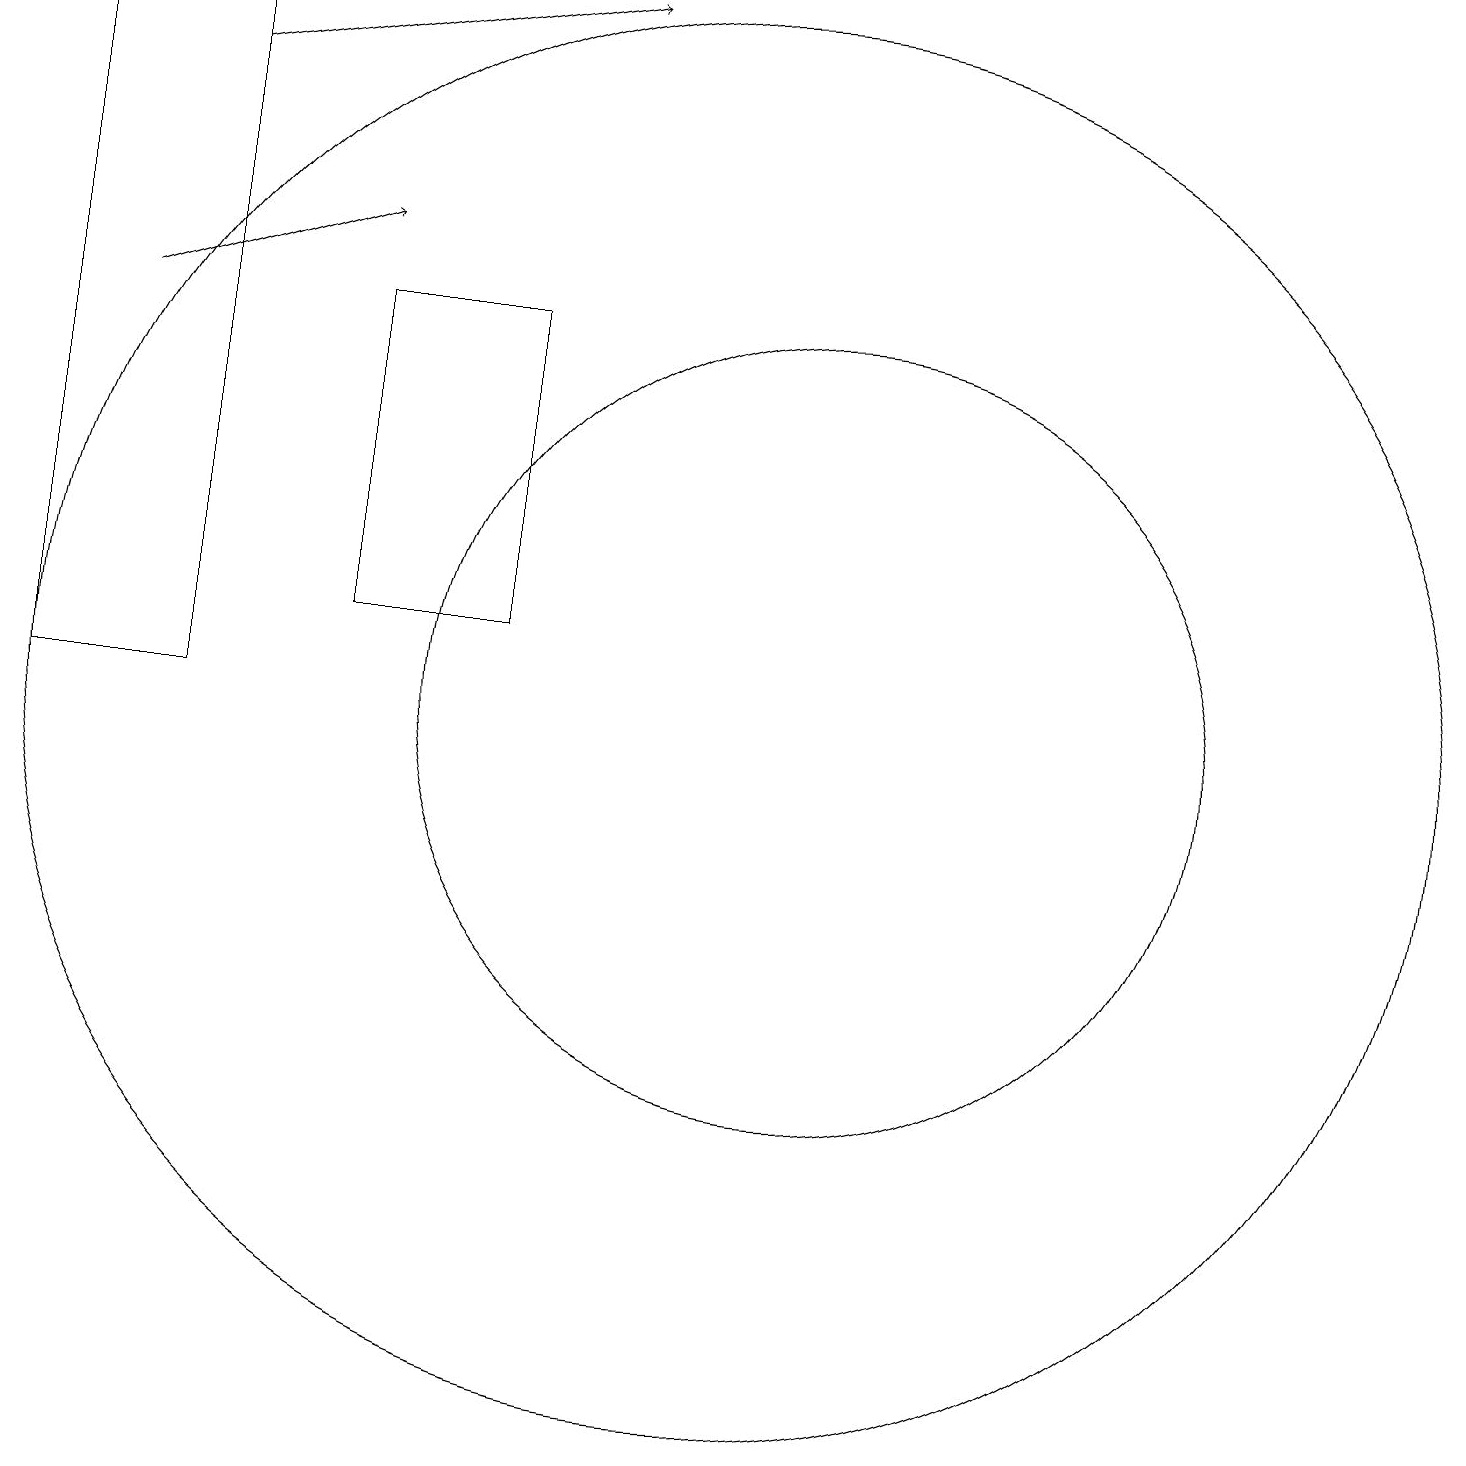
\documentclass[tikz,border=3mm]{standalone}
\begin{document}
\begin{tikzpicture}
\draw (11,10) circle (5);
\draw (7,15) rectangle (5,11);
\draw (10,10) circle (9);
\draw[->] (3,18) -- (8,19);
\draw[->] (2,15) -- (5,16);
\draw (3,10) rectangle (1,19);
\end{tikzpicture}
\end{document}